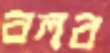
বলব